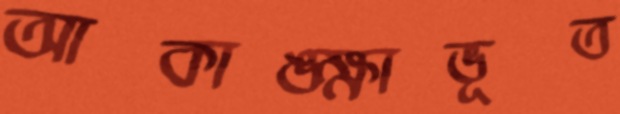
আকাঙ্ক্ষাভূত